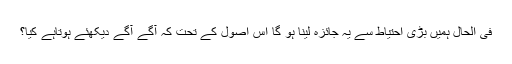
فی الحال ہمیں بڑی احتیاط سے یہ جائزہ لینا ہو گا اس اصول کے تحت کہ آگے آگے دیکھئے ہوتاہے کیا؟